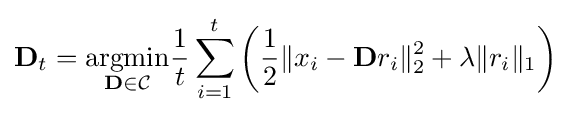
\mathbf {D} _{t}={\underset {\mathbf {D} \in {\mathcal {C}}}{\text{argmin}}}{\frac {1}{t}}\sum _{i=1}^{t}\left({\frac {1}{2}}\|x_{i}-\mathbf {D} r_{i}\|_{2}^{2}+\lambda \|r_{i}\|_{1}\right)